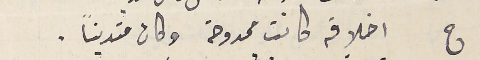
ج اخلاقه كانت ممدوحة وكان متديناً.